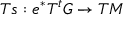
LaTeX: T s : e ^ { * } T ^ { t } G \rightarrow T M